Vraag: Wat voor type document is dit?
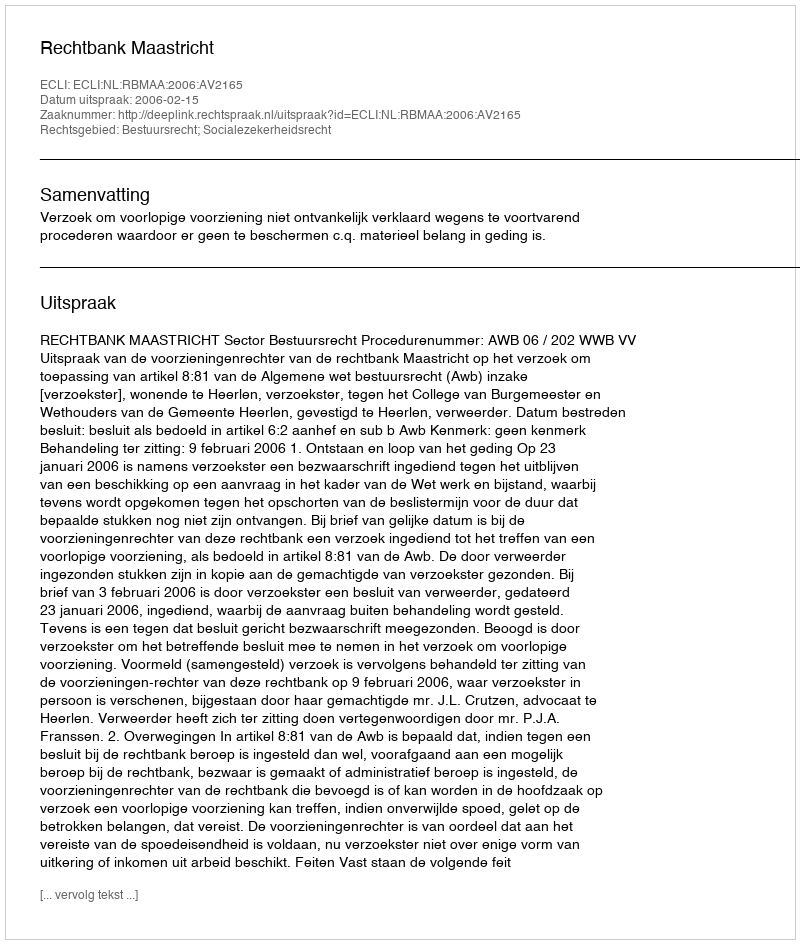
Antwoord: Uitspraak